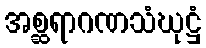
အစ္ဆရာဂဏသံဃုဋ္ဌံ